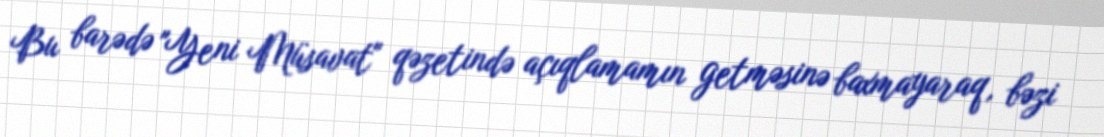
Bu barədə "Yeni Müsavat" qəzetində açıqlamamın getməsinə baxmayaraq, bəzi